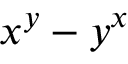
x ^ { y } - y ^ { x }